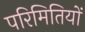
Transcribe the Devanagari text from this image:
परिमितियों